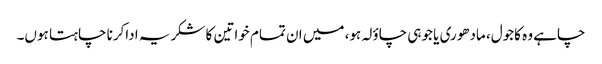
چاہے وہ کاجول، مادھوری یا جوہی چاؤلہ ہو، میں ان تمام خواتین کا شکریہ اداکرنا چاہتا ہوں۔